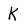
Character: K